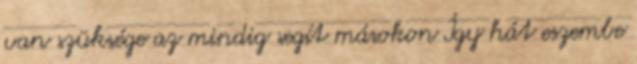
van szüksége az mindig segít másokon Így hát eszembe